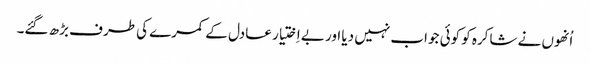
اُنھوں نے شاکرہ کو کوئی جواب نہیں دیا اور بے اِختیار عادل کے کمرے کی طرف بڑھ گئے۔